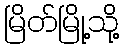
မြိတ်မြို့သို့